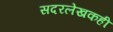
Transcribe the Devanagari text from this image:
सदरलेखकही